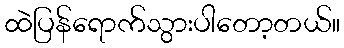
ထဲပြန်ရောက်သွားပါတော့တယ်။